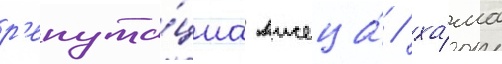
р'епута́циа лжеца́ / ха́ма